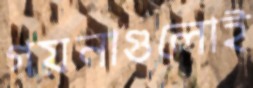
গয়নাগুলোই